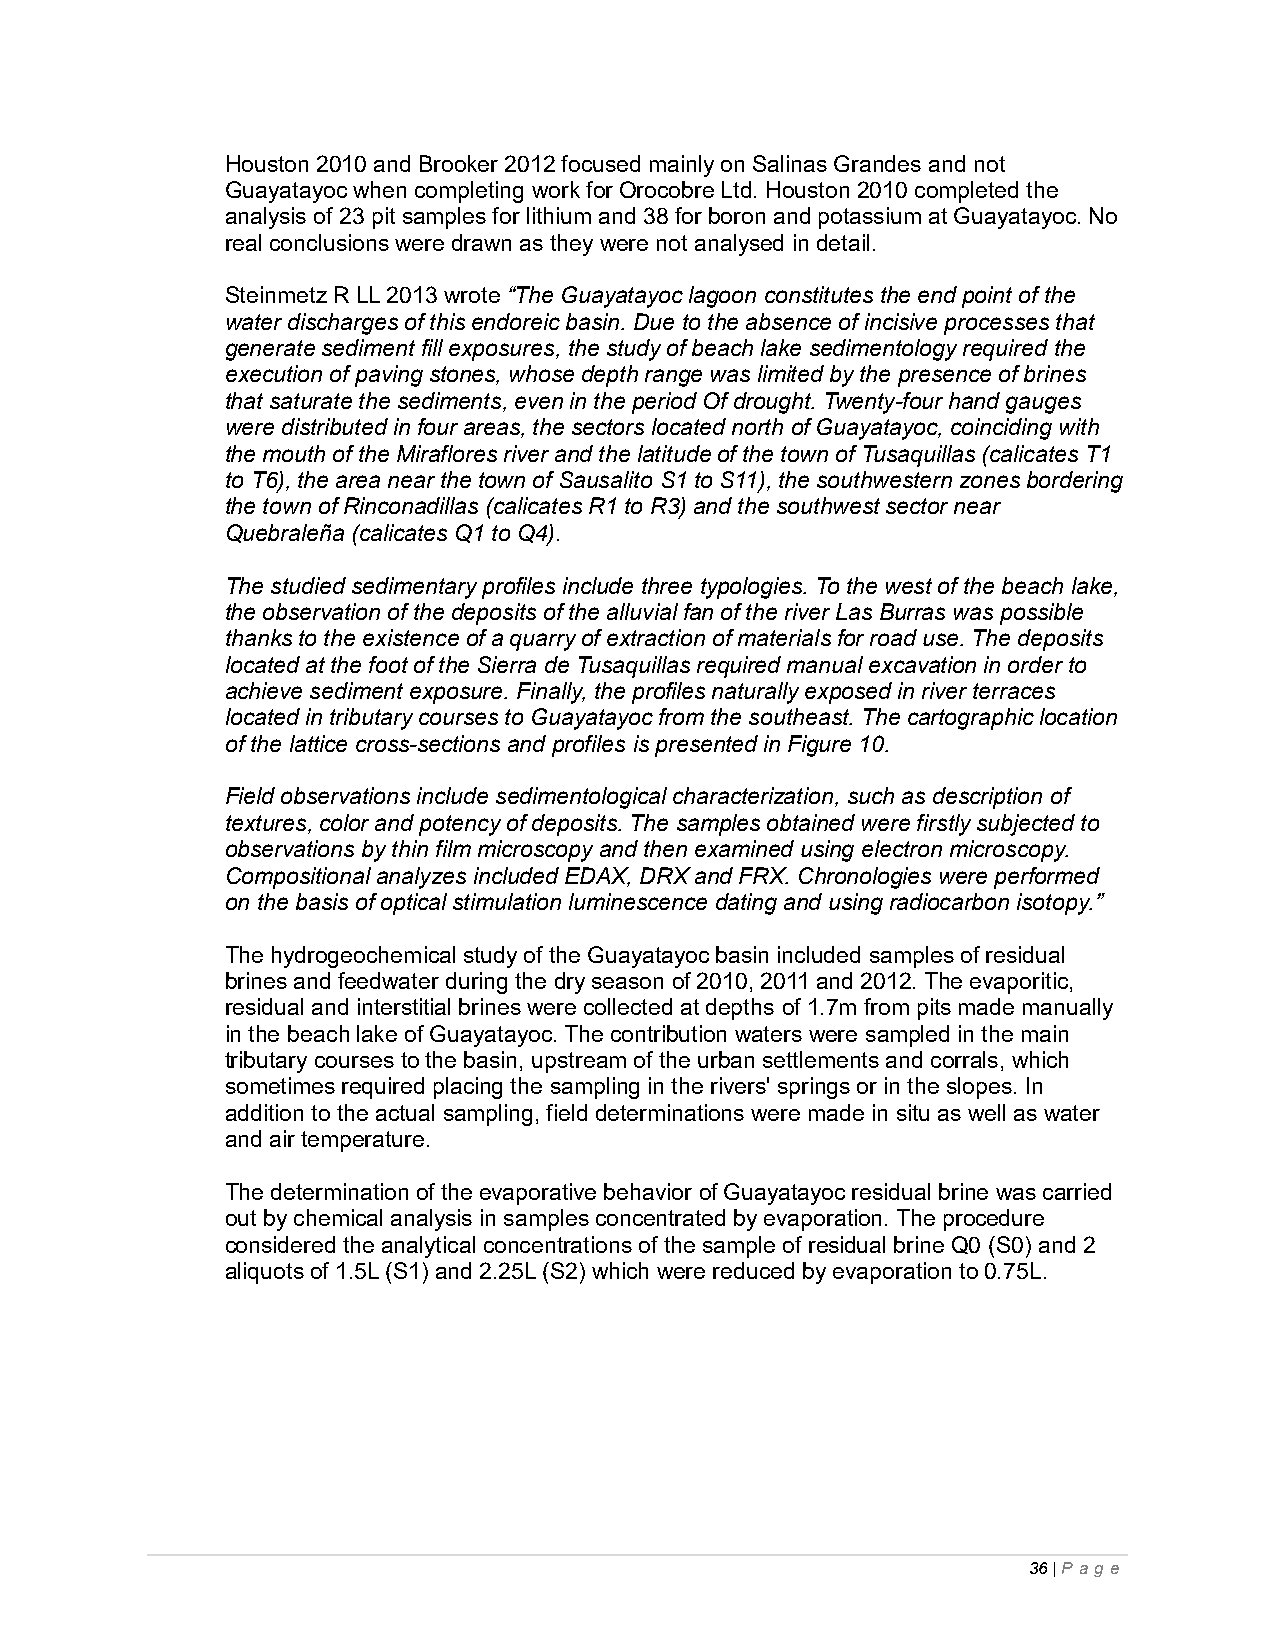
Houston 2010 and Brooker 2012 focused mainly on Salinas Grandes and not
 Guayatayoc when completing work for Orocobre Ltd. Houston 2010 completed the
 analysis of 23 pit samples for lithium and 38 for boron and potassium at Guayatayoc. No
 real conclusions were drawn as they were not analysed in detail.
 Steinmetz R LL 2013 wrote “The Guayatayoc lagoon constitutes the end point of the
 water discharges of this endoreic basin. Due to the absence of incisive processes that
 generate sediment fill exposures, the study of beach lake sedimentology required the
 execution of paving stones, whose depth range was limited by the presence of brines
 that saturate the sediments, even in the period Of drought. Twenty-four hand gauges
 were distributed in four areas, the sectors located north of Guayatayoc, coinciding with
 the mouth of the Miraflores river and the latitude of the town of Tusaquillas (calicates T1
 to T6), the area near the town of Sausalito S1 to S11), the southwestern zones bordering
 the town of Rinconadillas (calicates R1 to R3) and the southwest sector near
 Quebraleña (calicates Q1 to Q4).
 The studied sedimentary profiles include three typologies. To the west of the beach lake,
 the observation of the deposits of the alluvial fan of the river Las Burras was possible
 thanks to the existence of a quarry of extraction of materials for road use. The deposits
 located at the foot of the Sierra de Tusaquillas required manual excavation in order to
 achieve sediment exposure. Finally, the profiles naturally exposed in river terraces
 located in tributary courses to Guayatayoc from the southeast. The cartographic location
 of the lattice cross-sections and profiles is presented in Figure 10.
 Field observations include sedimentological characterization, such as description of
 textures, color and potency of deposits. The samples obtained were firstly subjected to
 observations by thin film microscopy and then examined using electron microscopy.
 Compositional analyzes included EDAX, DRX and FRX. Chronologies were performed
 on the basis of optical stimulation luminescence dating and using radiocarbon isotopy.”
 The hydrogeochemical study of the Guayatayoc basin included samples of residual
 brines and feedwater during the dry season of 2010, 2011 and 2012. The evaporitic,
 residual and interstitial brines were collected at depths of 1.7m from pits made manually
 in the beach lake of Guayatayoc. The contribution waters were sampled in the main
 tributary courses to the basin, upstream of the urban settlements and corrals, which
 sometimes required placing the sampling in the rivers' springs or in the slopes. In
 addition to the actual sampling, field determinations were made in situ as well as water
 and air temperature.
 The determination of the evaporative behavior of Guayatayoc residual brine was carried
 out by chemical analysis in samples concentrated by evaporation. The procedure
 considered the analytical concentrations of the sample of residual brine Q0 (S0) and 2
 aliquots of 1.5L (S1) and 2.25L (S2) which were reduced by evaporation to 0.75L.
 36 | P ag e